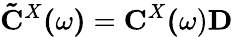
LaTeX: \mathbf{\tilde{C}}^{X}\mathbf{(}\omega\mathbf{)}=\mathbf{C}^{X}\mathbf{\mathbf{(}}\omega)\mathbf{D}